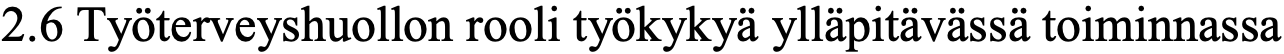
2.6 Työterveyshuollon rooli työkykyä ylläpitävässä toiminnassa